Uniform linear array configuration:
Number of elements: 16
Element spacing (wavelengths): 0.5
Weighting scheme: exponential
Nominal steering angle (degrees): -60
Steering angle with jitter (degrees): -58.672
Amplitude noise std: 0.05
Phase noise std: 0.05

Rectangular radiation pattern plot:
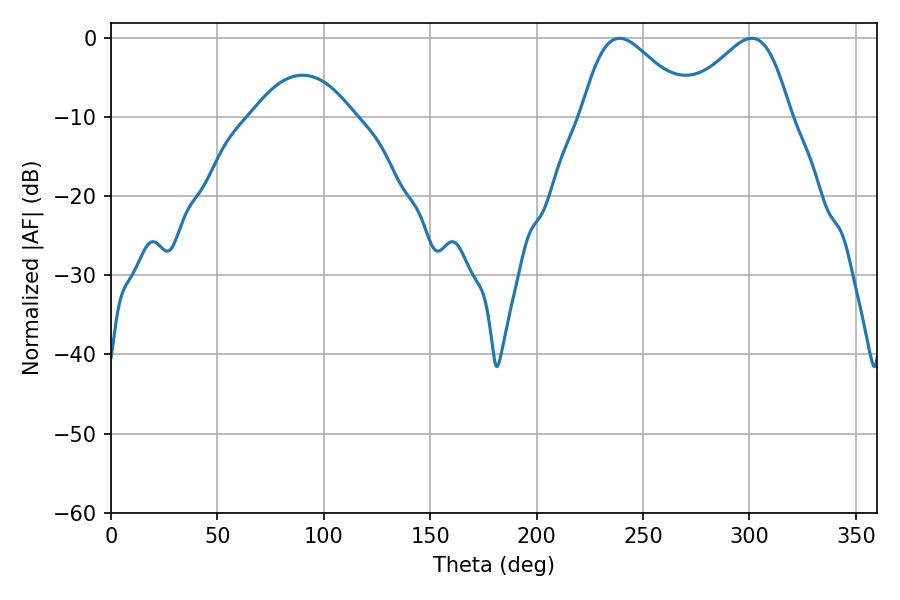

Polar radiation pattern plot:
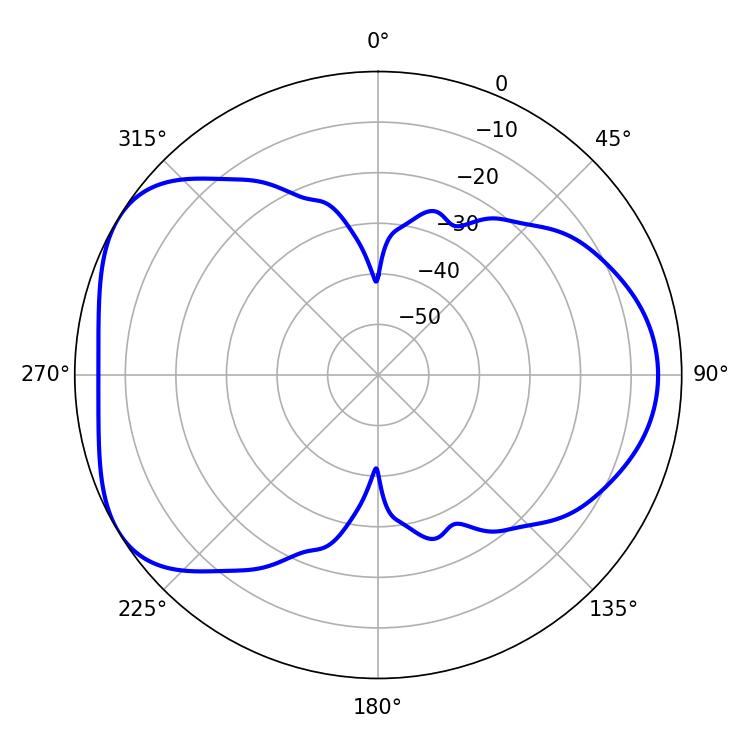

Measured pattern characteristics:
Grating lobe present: FALSE
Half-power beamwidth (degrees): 27
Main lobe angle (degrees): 238.86